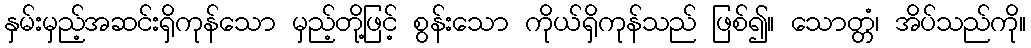
နှမ်းမှည့်အဆင်းရှိကုန်သော မှည့်တို့ဖြင့် စွန်းသော ကိုယ်ရှိကုန်သည် ဖြစ်၍။ သောတ္တံ၊ အိပ်သည်ကို။